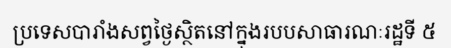
ប្រទេសបារាំងសព្វថ្ងៃស្ថិតនៅក្នុងរបបសាធារណៈរដ្ឋទី ៥